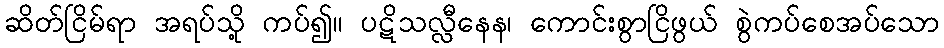
ဆိတ်ငြိမ်ရာ အရပ်သို့ ကပ်၍။ ပဋိသလ္လီနေန၊ ကောင်းစွာငြိဖွယ် စွဲကပ်စေအပ်သော